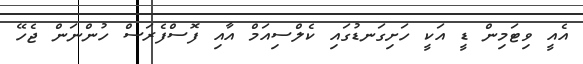
އެއީ ވިޓަމިން ޑީ އަކީ ހަށިގަނޑުގައި ކެލްސިއަމް އާއި ފޮސްފެރަސް ހުންނަން ޖެހޭ